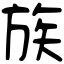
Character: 族